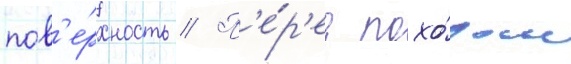
пов'е́рхность // П'е́р'ед похо́дом